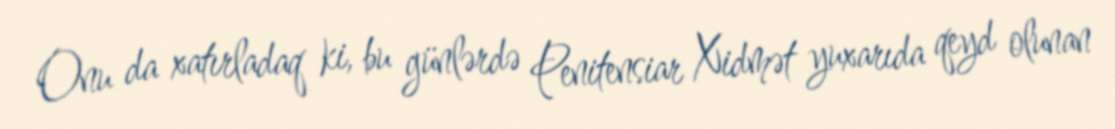
Onu da xatırladaq ki, bu günlərdə Penitensiar Xidmət yuxarıda qeyd olunan